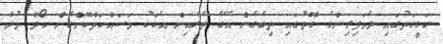
ހަގީގަތުގައި ދެމަފިރިންގެ ގޮތުގައި ތިބެގެން އޭގެ ތެރެއިން އެކަކު މަސައްކަތްކޮށްގެން ހޯދާ މުދާ